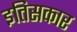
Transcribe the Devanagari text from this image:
इतिसकार